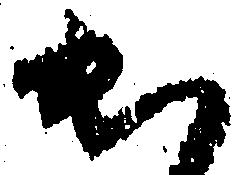
出